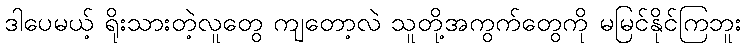
ဒါပေမယ့် ရိုးသားတဲ့လူတွေ ကျတော့လဲ သူတို့အကွက်တွေကို မမြင်နိုင်ကြဘူး